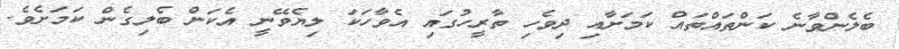
ބެލެންވާނެ ކަންތައްތައް ކަމަށާއި ދިވެހި ތާރީހުގައި އެވާހަކަ ލިޔެވޭނީ އެކަން ބެލިގެން ކަމަށެވެ.